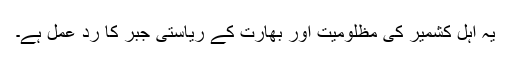
یہ اہلِ کشمیر کی مظلومیت اور بھارت کے ریاستی جبر کا ردِ عمل ہے۔